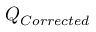
Q _ { C o r r e c t e d } \,